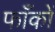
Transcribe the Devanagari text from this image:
फाँकों